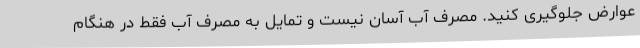
عوارض جلوگیری کنید. مصرف آب آسان نیست و تمایل به مصرف آب فقط در هنگام